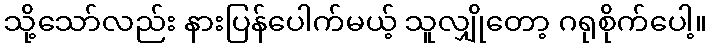
သို့သော်လည်း နားပြန်ပေါက်မယ့် သူလျှိုတော့ ဂရုစိုက်ပေါ့။